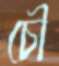
চৌ